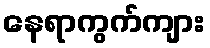
နေရာကွက်ကျား